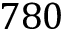
7 8 0